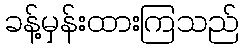
ခန့်မှန်းထားကြသည်